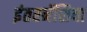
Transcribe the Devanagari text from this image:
इंतरनॅशिया